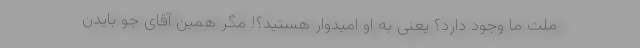
ملت ما وجود دارد؟ یعنی به او امیدوار هستید؟! مگر همین آقای جو بایدن